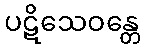
ပဋိသေဝန္တေ